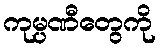
ကုမ္ပဏီတွေကို